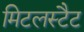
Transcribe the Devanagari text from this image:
मिटलस्टैट